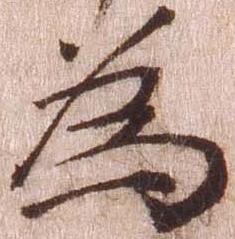
為